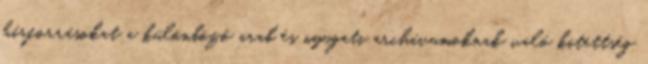
hírforrásokat a különböző arab és nyugati archívumoknak való kitettség